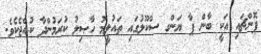
ޕޮންޗައި އަކީ ބާން ޕާ ޔަންގ ސްކޫލުގައި ތައުލީމު ހާޞިލު ކުރަމުންދާ ކުއްޖެކެވެ.